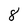
Character: 8